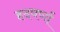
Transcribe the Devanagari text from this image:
हदवर्णा